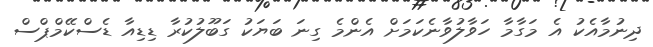
ދިނުމާއެކު އެ މަގާމާ ހަވާލުވާނެކަމަށް އެންމެ ގިނަ ބަޔަކު ގަބޫލުކުރާ ޑިޑިއާ ޑެސްކޭމްޕްސް